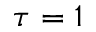
\tau = 1